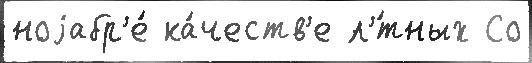
ноjабр'е́ ка́честв'е л'́тных Со